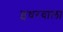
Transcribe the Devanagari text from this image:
इधरवाला